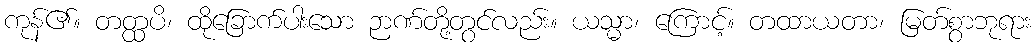
ကုန်၏။ တတ္ထပိ၊ ထိုခြောက်ပါးသော ဉာဏ်တို့တွင်လည်း။ ယသ္မာ၊ ကြောင့်။ တထာယတာ၊ မြတ်စွာဘုရား